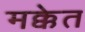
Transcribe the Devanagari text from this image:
मक्केत